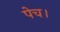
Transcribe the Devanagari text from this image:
पेच।